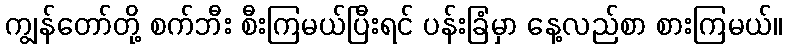
ကျွန်တော်တို့ စက်ဘီး စီးကြမယ်ပြီးရင် ပန်းခြံမှာ နေ့လည်စာ စားကြမယ်။